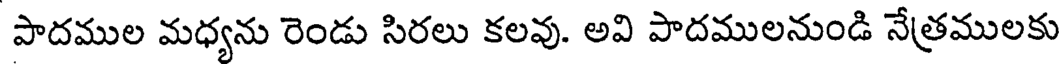
పాదముల మధ్యను రెండు సిరలు కలవు. అవి పాదములనుండి నేత్రములకు